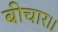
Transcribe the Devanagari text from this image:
बीचार।।